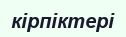
кірпіктері